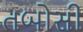
તબોસી